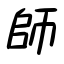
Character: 師